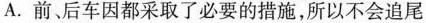
A.前、后车因都采取了必要的措施，所以不会追尾